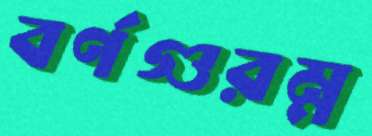
বর্ণগুরম্ন